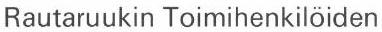
Rautaruukin Toimihenkilöiden